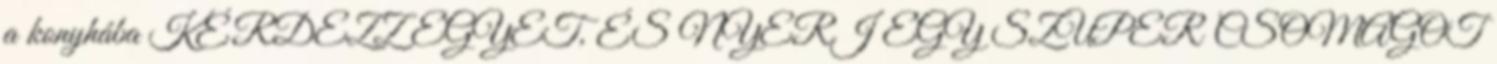
a konyhába KÉRDEZZ EGYET, ÉS NYERJ EGY SZUPER CSOMAGOT